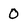
Character: 0